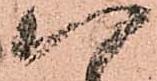
八